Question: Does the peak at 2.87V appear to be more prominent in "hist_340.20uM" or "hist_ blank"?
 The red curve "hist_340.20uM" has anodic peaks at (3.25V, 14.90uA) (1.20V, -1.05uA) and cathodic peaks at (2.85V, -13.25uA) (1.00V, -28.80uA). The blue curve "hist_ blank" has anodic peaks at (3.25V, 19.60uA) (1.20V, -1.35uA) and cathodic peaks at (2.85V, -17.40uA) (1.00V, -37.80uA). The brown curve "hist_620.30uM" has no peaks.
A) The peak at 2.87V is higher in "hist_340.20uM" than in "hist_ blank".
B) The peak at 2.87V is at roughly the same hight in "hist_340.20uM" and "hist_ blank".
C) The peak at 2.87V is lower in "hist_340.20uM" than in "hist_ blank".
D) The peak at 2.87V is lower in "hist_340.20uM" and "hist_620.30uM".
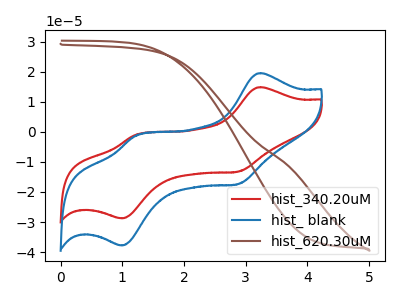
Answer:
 <answer>C) The peak at 2.87V is lower in "hist_340.20uM" than in "hist_ blank".</answer>
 <eval>C</eval>